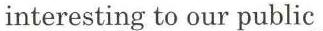
interesting to our public